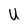
Character: U